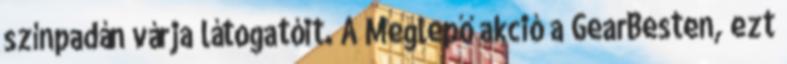
színpadán várja látogatóit. A Meglepő akció a GearBesten, ezt